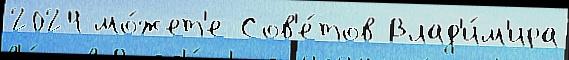
2024 мо́жет'е Сов'е́тов Влад'и́м'ира